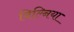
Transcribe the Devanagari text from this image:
विल्निया